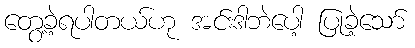
တွေ့ခဲ့ရပါတယ်ဟု အင်းဒါဘဲပေါ့ ပြုခဲ့သော်